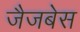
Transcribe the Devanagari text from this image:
जैजबेस